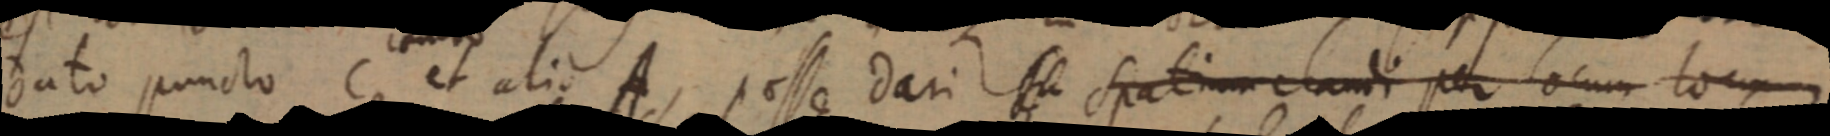
dato puncto C Et alio A, posse dari _ spatium clandi per locum locum